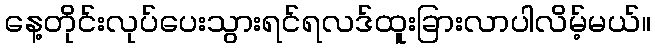
နေ့တိုင်းလုပ်ပေးသွားရင်ရလဒ်ထူးခြားလာပါလိမ့်မယ်။